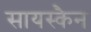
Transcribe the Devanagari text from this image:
सायस्कैन